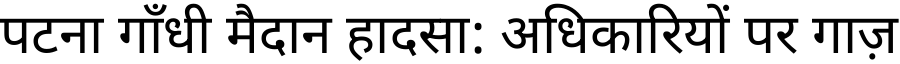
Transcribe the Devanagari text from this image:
पटना गाँधी मैदान हादसा: अधिकारियों पर गाज़